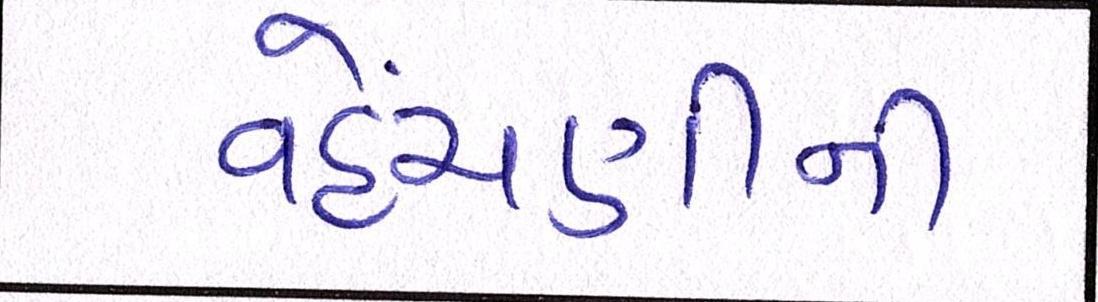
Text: વહેંચણીની